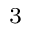
_ 3